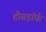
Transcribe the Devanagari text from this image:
हौसड्रॉर्फ़